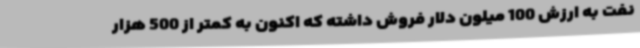
نفت به ارزش 100 میلون دلار فروش داشته که اکنون به کمتر از 500 هزار